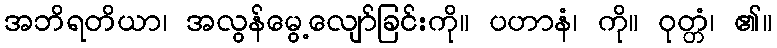
အဘိရတိယာ၊ အလွန်မွေ့လျော်ခြင်းကို။ ပဟာနံ၊ ကို။ ဝုတ္တံ၊ ၏။